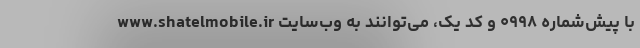
با پیش‌شماره ۰۹۹۸ و کد یک، می‌توانند به وب‌سایت www.shatelmobile.ir